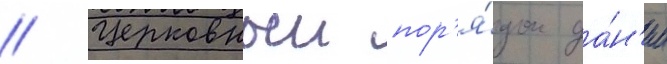
// Церковныи пор'я́док да́н'ии